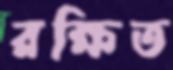
রক্ষিত